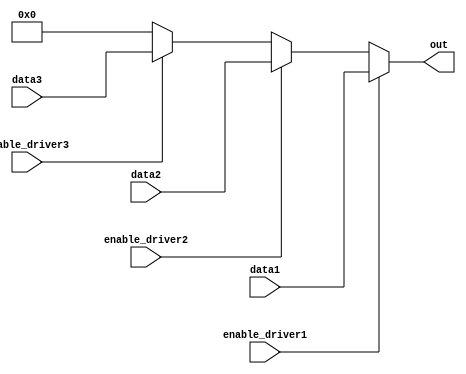
module multiple_drivers (
    input wire enable_driver1,
    input wire enable_driver2,
    input wire enable_driver3,
    input wire [3:0] data1,
    input wire [3:0] data2,
    input wire [3:0] data3,
    output wire [3:0] out
);

// Internal wires to capture outputs of each driver
wire [3:0] driver1_out;
wire [3:0] driver2_out;
wire [3:0] driver3_out;

// Driver module 1
assign driver1_out = enable_driver1 ? data1 : 4'bz;

// Driver module 2
assign driver2_out = enable_driver2 ? data2 : 4'bz;

// Driver module 3
assign driver3_out = enable_driver3 ? data3 : 4'bz;

// Resolution logic
assign out = (enable_driver1 ? driver1_out :
              (enable_driver2 ? driver2_out :
              (enable_driver3 ? driver3_out : 4'b0)));

endmodule